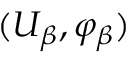
( U _ { \beta } , \varphi _ { \beta } )